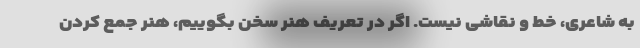
به شاعری، خط و نقاشی نیست. اگر در تعریف هنر سخن بگوییم، هنر جمع کردن